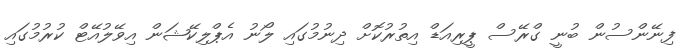
ފިނޭންސުން ބުނީ ގްރޭސް ޕީރިއަޑް އިތުރުކޮށް ދިނުމުގައި ލޯނު އެޕްލިކޭޝަން އިވޭލުއޭޓް ކުރުމުގައި